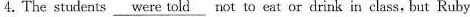
4.The students \underline{were told} not to eat or drink in class, but Ruby